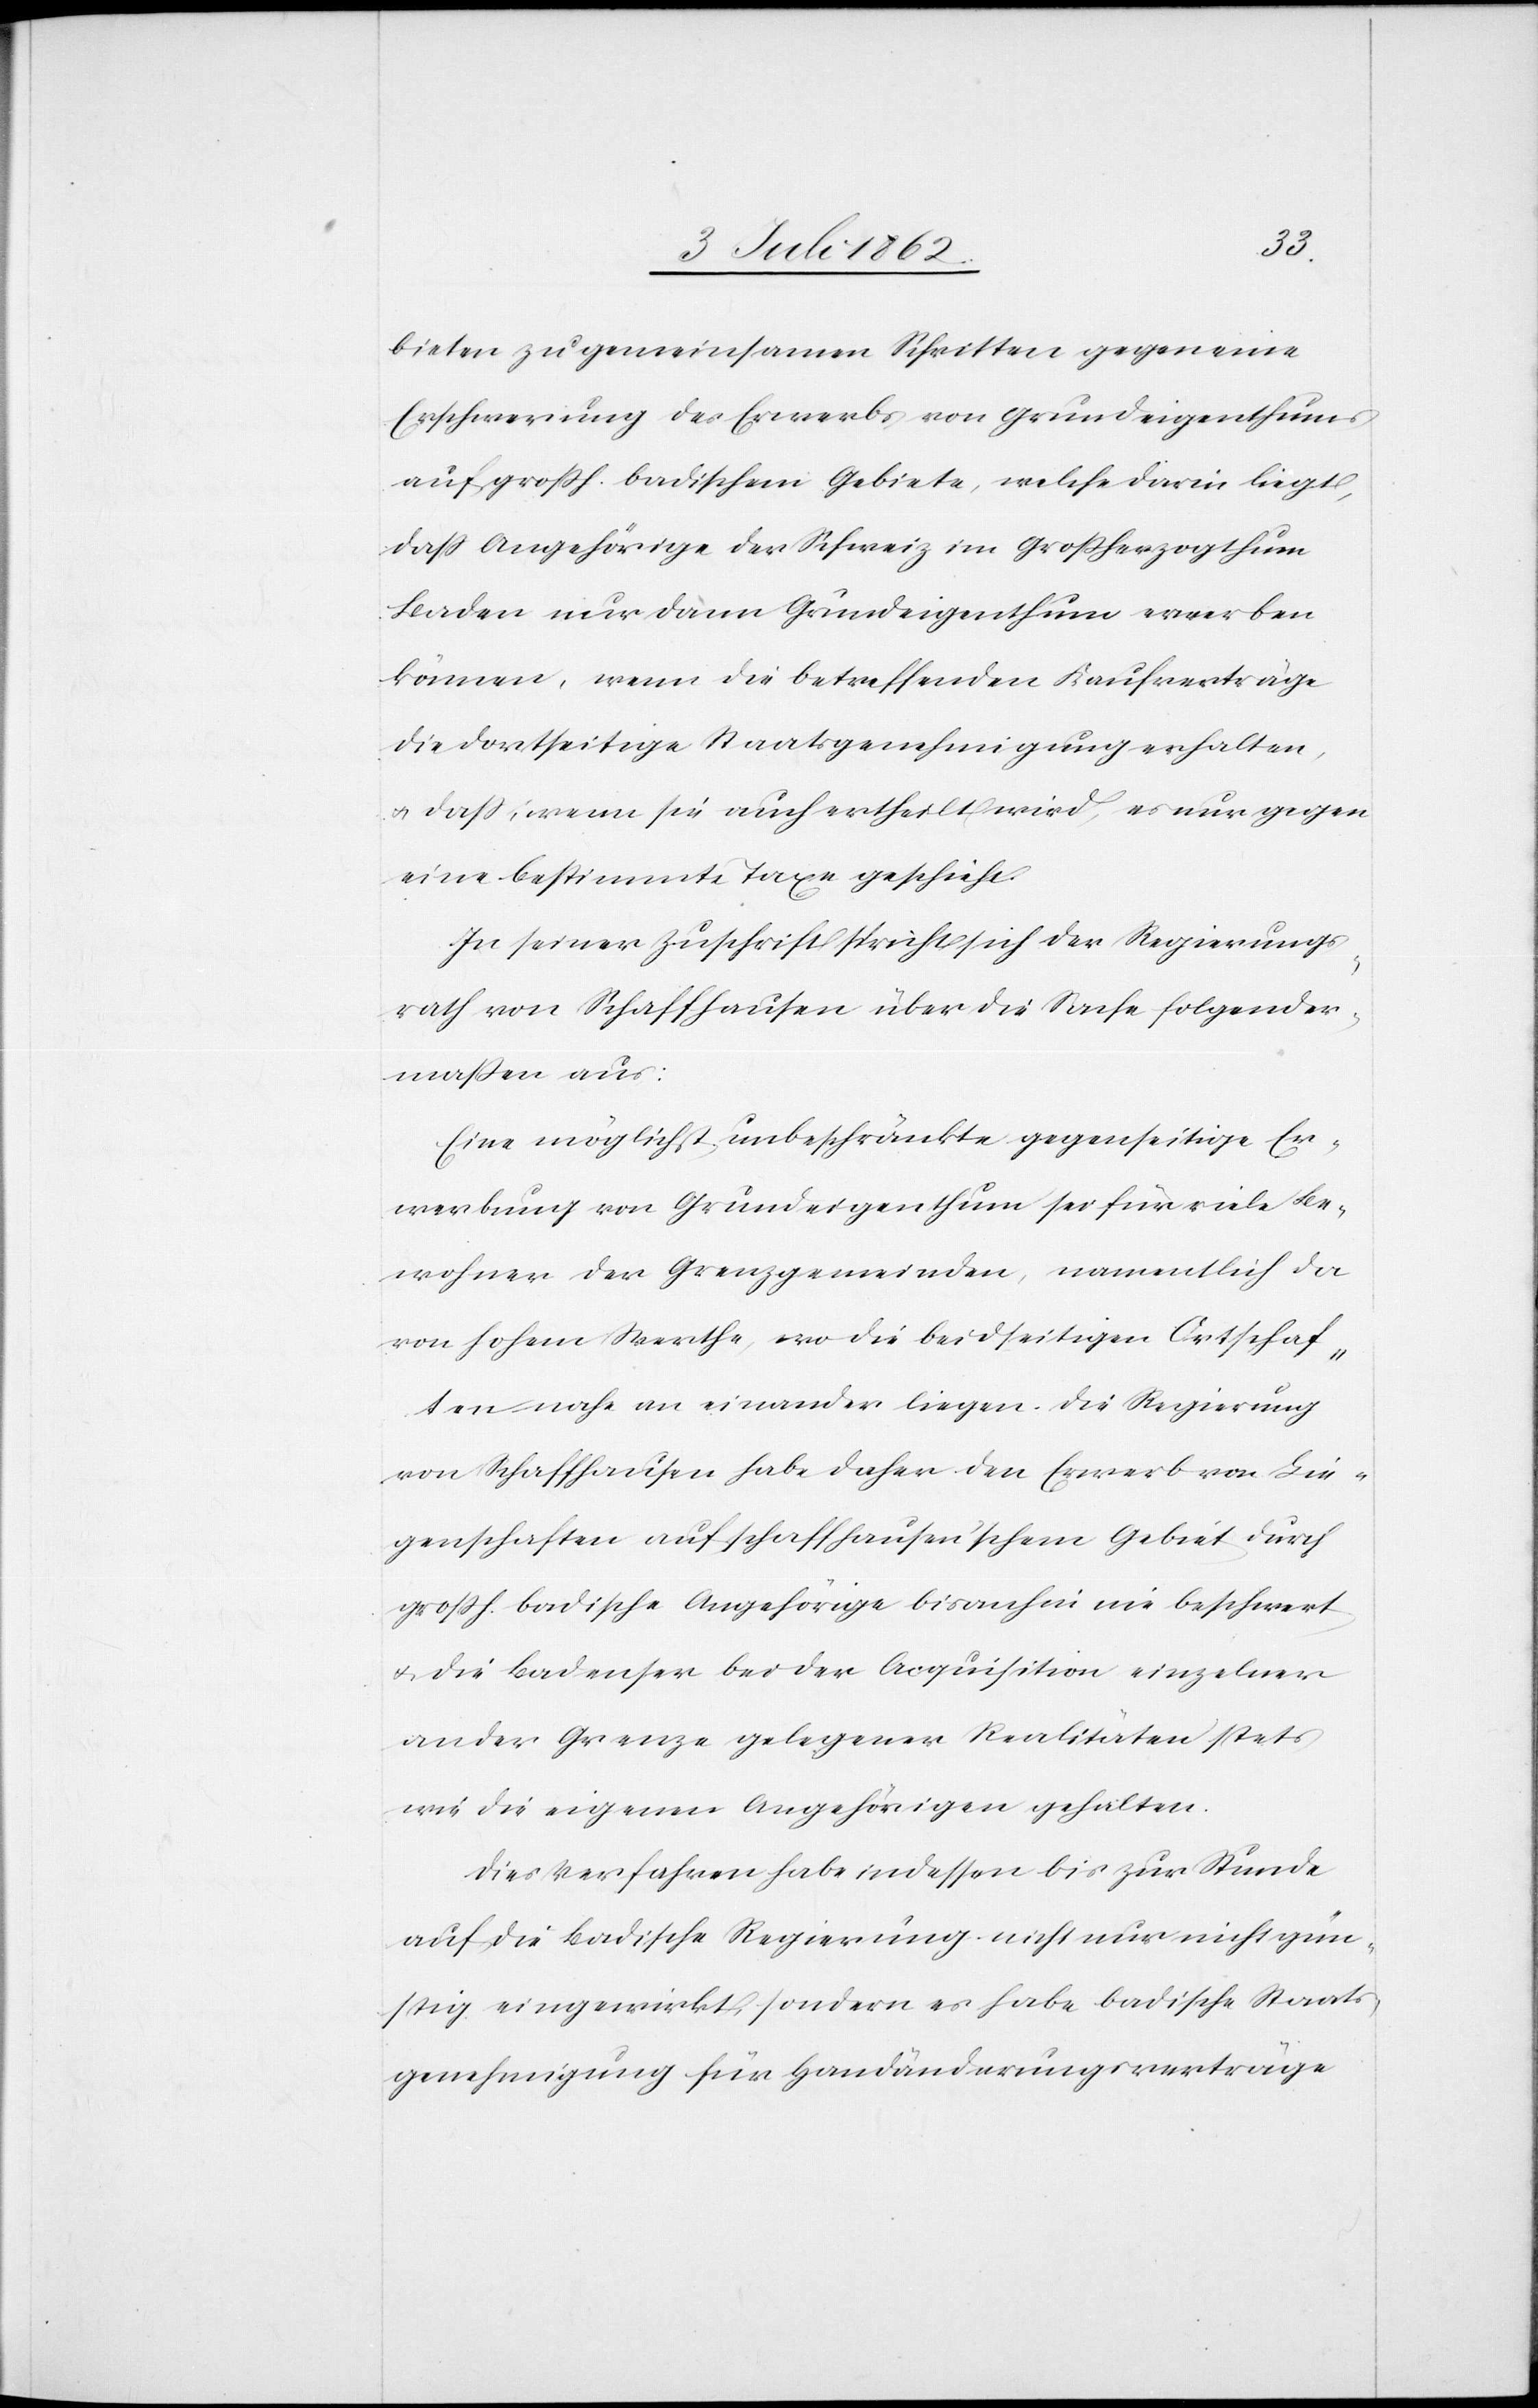
bieten zu gemeinsamen Schritten gegen eine
Erschwerung des Erwerbs von Grundeigenthums
auf großh. badischem Gebiete, welche darin liegt,
daß Angehörige der Schweiz im Großherzogthum
Baden nur dann Grundeigenthum erwerben
können, wenn die betreffenden Kaufverträge
die dortseitige Staatsgenehmigung erhalten,
u. daß, wenn sie auch ertheilt wird, es nur gegen
eine bestimmte Taxe geschieht.
In seiner Zuschrift spricht sich der Regierungs¬
rath von Schaffhausen über die Sache folgender¬
maßen aus:
Eine möglichst unbeschränkte gegenseitige Er¬
werbung von Grundeigenthum sei für viele Be¬
wohner der Grenzgemeinden, namentlich da
von hohem Werthe, wo die beidseitigen Ortschaf¬
ten nahe an einander liegen. Die Regierung
von Schaffhausen habe daher den Erwerb von Lie¬
genschaften auf schaffhausen’schem Gebiet durch
großh. badische Angehörige bisanhin nie beschwert
u. die Badenser bei der Acquisition einzelner
an der Grenze gelegener Realitäten stets
wie die eigenen Angehörigen gehalten.
Dies Verfahren habe indessen bis zur Stunde
auf die badische Regierung nicht nur nicht gün¬
stig eingewirkt, sondern es habe badische Staats¬
genehmigung für Handänderungsverträge